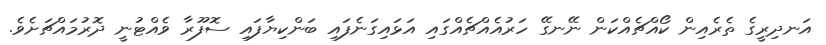
އަނދިރީގެ ތެރެއިން ކޯއްޗެއްކަން ނޭނގޭ ހަރުއެއްޗެއްގައި އަޅައިގަނެފައި ބަންކިޔާފައި ސޮފޫރާ ވެއްޓުނީ ދޮރުމައްޗަށެވެ.